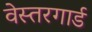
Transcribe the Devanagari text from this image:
वेस्तरगार्ड